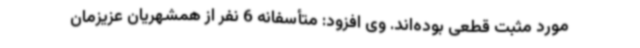
مورد مثبت قطعی بوده‌اند. وی افزود: متأسفانه 6 نفر از همشهریان عزیزمان